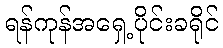
ရန်ကုန်အရှေ့ပိုင်းခရိုင်